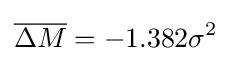
{\overline {\Delta M}}=-1.382\sigma ^{2}